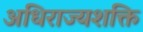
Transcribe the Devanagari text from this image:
अधिराज्यशक्ति